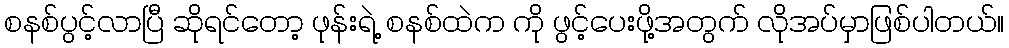
စနစ်ပွင့်လာပြီ ဆိုရင်တော့ ဖုန်းရဲ့ စနစ်ထဲက ကို ဖွင့်ပေးဖို့အတွက် လိုအပ်မှာဖြစ်ပါတယ်။